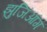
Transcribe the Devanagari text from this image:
झुजिंआंग